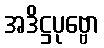
အဒိဋ္ဌပုဗ္ဗော